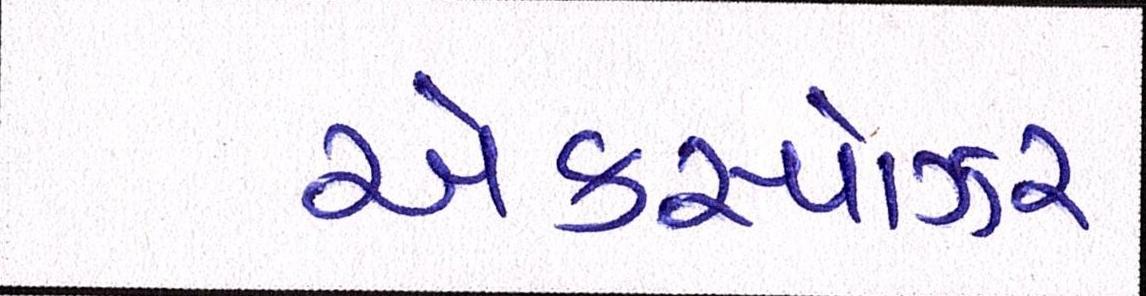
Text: એક્સ્પોઝર